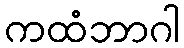
ကထံဘာဂါ